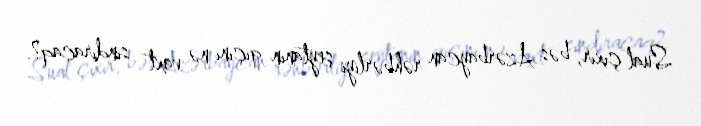
Sual çıxır, bəs Azərbaycan rəhbərliyi şeytanın qıçını nə vaxt sındıracaq?.